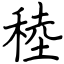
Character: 稑